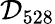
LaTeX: \mathcal{D}_{528}